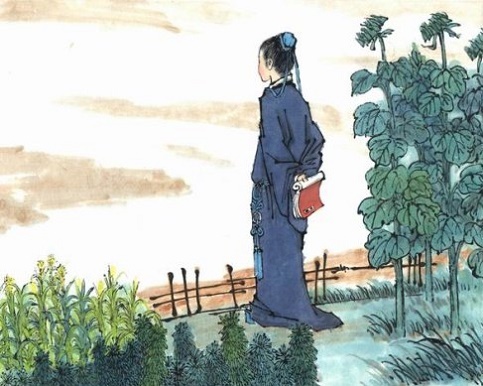
青青园中葵，朝露待日晞。